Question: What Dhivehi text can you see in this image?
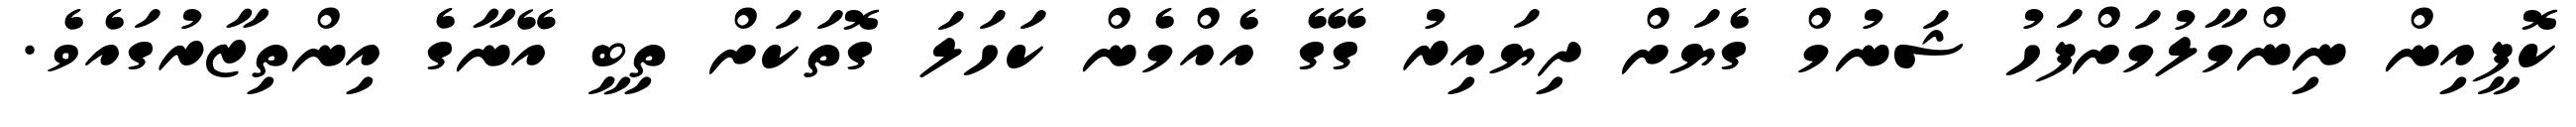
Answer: ކޮފީއިން ނިންމާލުމަށްފަހު ޝަނުމް ގެޔަށް ދިޔައިރު ގޭގެ އެއްމެން ކަހަލަ ގޮތަކަށް ތިބީ އޭނާގެ އިންތިޒާރުގައެވެ.